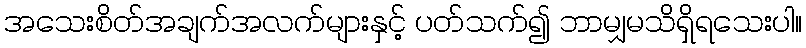
အသေးစိတ်အချက်အလက်များနှင့် ပတ်သက်၍ ဘာမျှမသိရှိရသေးပါ။